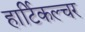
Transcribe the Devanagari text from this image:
हार्टिकल्चर